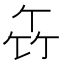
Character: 𥫧